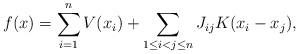
LaTeX: \begin{align*}f(x) &= \sum_{i=1}^n V(x_i) + \sum_{1 \le i < j \le n} J_{ij} K(x_i-x_j), \end{align*}